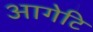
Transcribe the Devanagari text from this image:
आगेटि